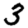
Digit: 3